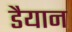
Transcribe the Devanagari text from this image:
डैयान